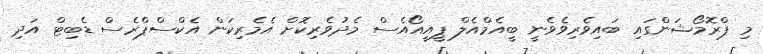
މި ޕްރޮމޯޝަންގައި ބައިވެރިވެވެނީ ބީއެމްއެލް ޕީއީއޯއެސް މެދުވެރިކޮށް އެމެރިކަން އެކްސްޕްރެސް ޑެބިޓް އަދި